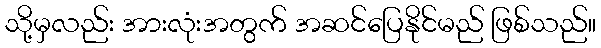
သို့မှလည်း အားလုံးအတွက် အဆင်ပြေနိုင်မည် ဖြစ်သည်။